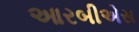
આરબીએસ